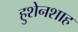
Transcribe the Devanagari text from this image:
हुशेनशाह